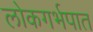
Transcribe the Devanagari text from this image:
लोकगर्भपात